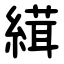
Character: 縙